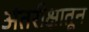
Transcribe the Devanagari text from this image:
अंतरीक्षातून